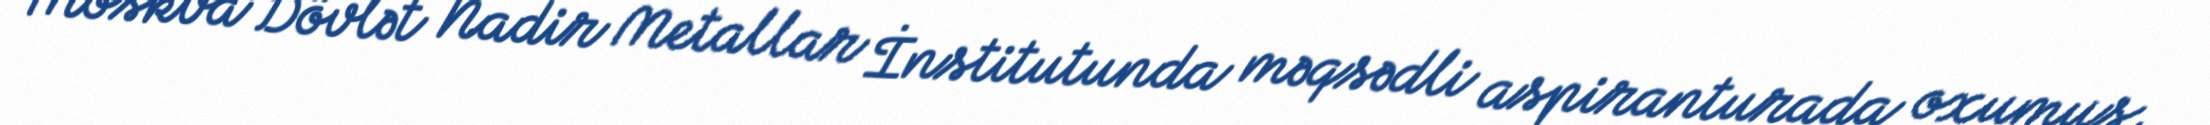
Moskva Dövlət Nadir Metallar İnstitutunda məqsədli aspiranturada oxumuş,